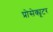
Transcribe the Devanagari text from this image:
प्रोसेक्यूटर